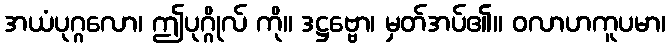
အယံပုဂ္ဂလော၊ ဤပုဂ္ဂိုလ် ကို။ ဒဋ္ဌဗ္ဗော၊ မှတ်အပ်၏။ ဝလာဟကူပမာ၊